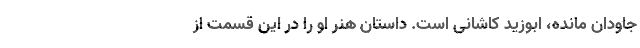
جاودان مانده، ابوزید کاشانی است. داستان هنر او را در این قسمت از